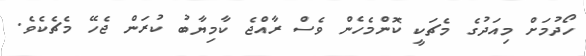
ހޯދުމަށް މިއަދުގެ މެޗަކީ ކޮންމެހެން ވެސް ރާއްޖެ ކާމިޔާބު ކުރަން ޖެހޭ މެޗެކެވެ.